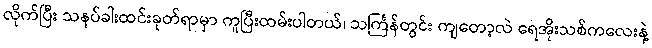
လိုက်ပြီး သနပ်ခါးထင်းခုတ်ရာမှာ ကူပြီးထမ်းပါတယ်၊ သင်္ကြန်တွင်း ကျတော့လဲ ရေအိုးသစ်ကလေးနဲ့